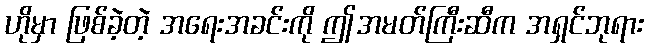
ဟိုမှာ ဖြစ်ခဲ့တဲ့ အရေးအခင်းကို ဤအမတ်ကြီးဆီက အရှင်ဘုရား